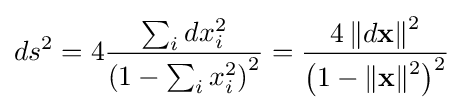
ds^{2}=4{\frac {\sum _{i}dx_{i}^{2}}{\left(1-\sum _{i}x_{i}^{2}\right)^{2}}}={\frac {4\,\lVert d\mathbf {x} \rVert {\vphantom {l}}^{2}}{{\bigl (}1-\lVert \mathbf {x} \rVert {\vphantom {l}}^{2}{\bigr )}^{2}}}